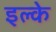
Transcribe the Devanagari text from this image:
इल्‍के